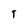
Character: 9